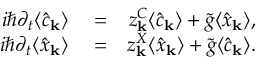
\begin{array} { r l r } { i \hbar \partial _ { t } \langle \hat { c } _ { \bf k } \rangle } & { { } = } & { z _ { \bf k } ^ { C } \langle \hat { c } _ { \bf k } \rangle + \tilde { g } \langle \hat { x } _ { \bf k } \rangle , } \\ { i \hbar \partial _ { t } \langle \hat { x } _ { \bf k } \rangle } & { { } = } & { z _ { \bf k } ^ { X } \langle \hat { x } _ { \bf k } \rangle + \tilde { g } \langle \hat { c } _ { \bf k } \rangle . } \end{array}